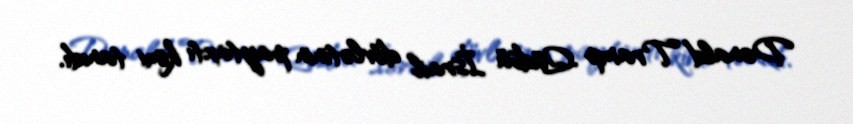
Donald Tramp Qüdsü İsrail dövlətinin paytaxtı kimi tanıdı.